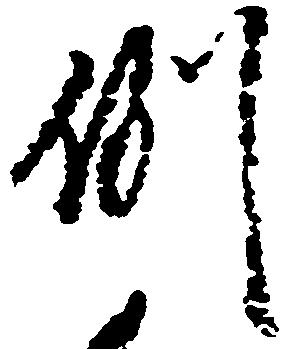
例